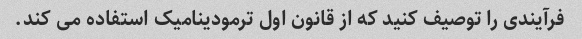
فرآیندی را توصیف کنید که از قانون اول ترمودینامیک استفاده می کند.